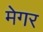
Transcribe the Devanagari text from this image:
मेगर